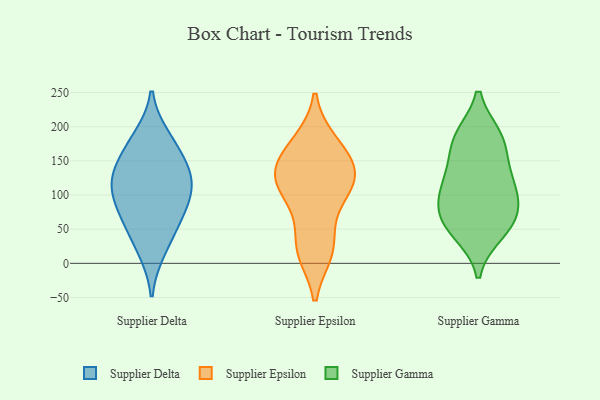
{"axis": {"x": "Net Income (USD K)", "y": "Value"}, "legend": ["Supplier Delta", "Supplier Epsilon", "Supplier Gamma"], "data": [{"x": "", "y": 184, "type": "Supplier Delta"}, {"x": "", "y": 103, "type": "Supplier Delta"}, {"x": "", "y": 69, "type": "Supplier Delta"}, {"x": "", "y": 121, "type": "Supplier Delta"}, {"x": "", "y": 19, "type": "Supplier Delta"}, {"x": "", "y": 92, "type": "Supplier Delta"}, {"x": "", "y": 169, "type": "Supplier Delta"}, {"x": "", "y": 54, "type": "Supplier Delta"}, {"x": "", "y": 137, "type": "Supplier Delta"}, {"x": "", "y": 130, "type": "Supplier Delta"}, {"x": "", "y": 147, "type": "Supplier Epsilon"}, {"x": "", "y": 117, "type": "Supplier Epsilon"}, {"x": "", "y": 137, "type": "Supplier Epsilon"}, {"x": "", "y": 24, "type": "Supplier Epsilon"}, {"x": "", "y": 74, "type": "Supplier Epsilon"}, {"x": "", "y": 144, "type": "Supplier Epsilon"}, {"x": "", "y": 104, "type": "Supplier Epsilon"}, {"x": "", "y": 177, "type": "Supplier Epsilon"}, {"x": "", "y": 17, "type": "Supplier Epsilon"}, {"x": "", "y": 121, "type": "Supplier Epsilon"}, {"x": "", "y": 118, "type": "Supplier Epsilon"}, {"x": "", "y": 177, "type": "Supplier Epsilon"}, {"x": "", "y": 19, "type": "Supplier Epsilon"}, {"x": "", "y": 185, "type": "Supplier Gamma"}, {"x": "", "y": 88, "type": "Supplier Gamma"}, {"x": "", "y": 138, "type": "Supplier Gamma"}, {"x": "", "y": 53, "type": "Supplier Gamma"}, {"x": "", "y": 130, "type": "Supplier Gamma"}, {"x": "", "y": 59, "type": "Supplier Gamma"}, {"x": "", "y": 180, "type": "Supplier Gamma"}, {"x": "", "y": 184, "type": "Supplier Gamma"}, {"x": "", "y": 74, "type": "Supplier Gamma"}, {"x": "", "y": 107, "type": "Supplier Gamma"}, {"x": "", "y": 45, "type": "Supplier Gamma"}, {"x": "", "y": 102, "type": "Supplier Gamma"}]}